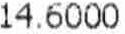
14.6000